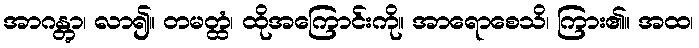
အာဂန္တွာ၊ လာ၍။ တမတ္ထံ၊ ထိုအကြောင်းကို။ အာရောစေသိ၊ ကြား၏။ အထ၊